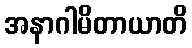
အနာဂါမိတာယာတိ